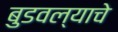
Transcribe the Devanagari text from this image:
बुडवल्याचे